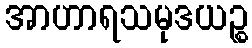
အာဟာရသမုဒယဉ္စ